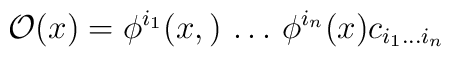
{\cal O}(x) = \phi^{i_1} (x, ) \, \dots \, \phi^{i_n}(x)  c_{i_1 \dots i_n}